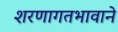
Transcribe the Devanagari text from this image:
शरणागतभावाने